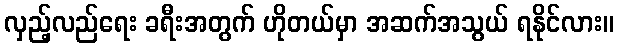
လှည့်လည်ရေး ခရီးအတွက် ဟိုတယ်မှာ အဆက်အသွယ် ရနိုင်လား။